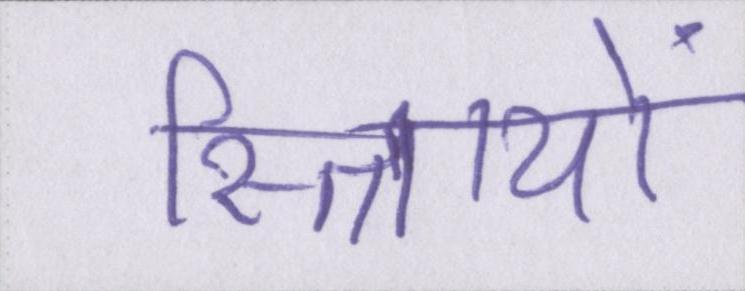
स्त्रिायों